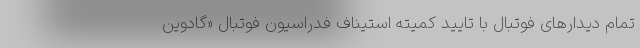
تمام دیدارهای فوتبال با تایید کمیته استیناف فدراسیون فوتبال «گادوین